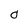
Character: 0